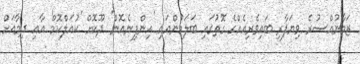
ޒަމާނުއްސުރެ ވިޔަފާރި ބައިވެރިއެއްގެ ގޮތުގައި ބަލަމުންއައި 'އިންފިނެއޮން' ދޫކޮށް 'ކުއަލްކޮމް' އާއި ދިމާއަށް